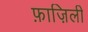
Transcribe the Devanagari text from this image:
फ़ाज़िली